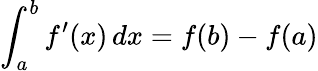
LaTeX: \int_{a}^{b}f^{\prime}(x)\, dx=f(b)-f(a)